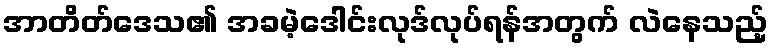
အာတိတ်ဒေသ၏ အခမဲ့ဒေါင်းလုဒ်လုပ်ရန်အတွက် လဲနေသည့်